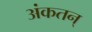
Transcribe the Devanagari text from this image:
अंकतन्